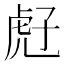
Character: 𧆰